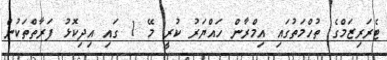
ޓެރަރިޒަމްގެ ތުހްމަތުގައި އިމްރާން ހައްޔަރު ކުރީ މޭ 1 ގައި އިދިކޮޅު ފަރާތްތަކުން